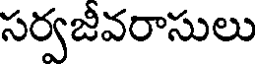
సర్వజీవరాసులు